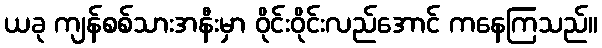
ယခု ကျန်စစ်သားအနီးမှာ ဝိုင်းဝိုင်းလည်အောင် ကနေကြသည်။